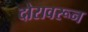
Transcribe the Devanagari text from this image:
दोरावरून